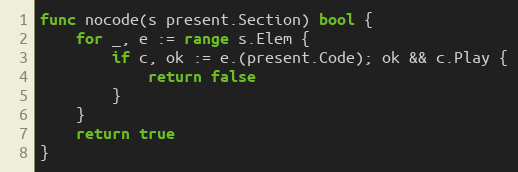
Language: Go
func nocode(s present.Section) bool {
	for _, e := range s.Elem {
		if c, ok := e.(present.Code); ok && c.Play {
			return false
		}
	}
	return true
}